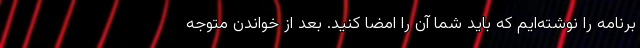
برنامه را نوشته‌ایم که باید شما آن را امضا کنید. بعد از خواندن متوجه